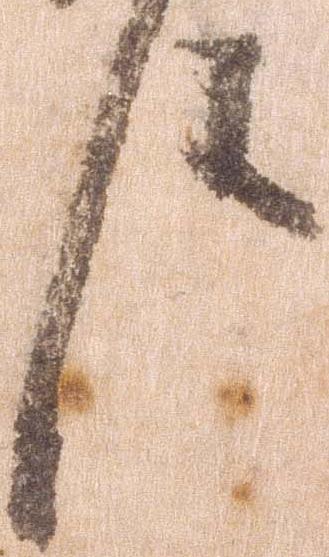
件